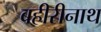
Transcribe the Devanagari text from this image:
बहीरीनाथ